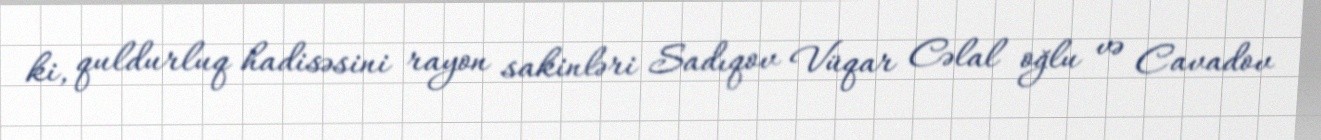
ki, quldurluq hadisəsini rayon sakinləri Sadıqov Vüqar Cəlal oğlu və Cavadov